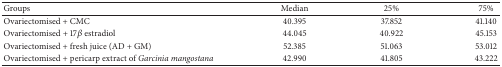
| Groups | Median | 25% | 75% |
 | --- | --- | --- | --- |
 | Ovariectomised + CMC | 40.395 | 37.852 | 41.140 |
 | Ovariectomised + 17β estradiol | 44.045 | 40.922 | 45.153 |
 | Ovariectomised + fresh juice (AD + GM) | 52.385 | 51.063 | 53.012 |
 | Ovariectomised + pericarp extract of Garcinia mangostana | 42.990 | 41.805 | 43.222 |